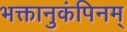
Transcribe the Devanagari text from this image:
भक्तानुकंपिनम्